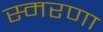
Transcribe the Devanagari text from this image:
स्मरणा